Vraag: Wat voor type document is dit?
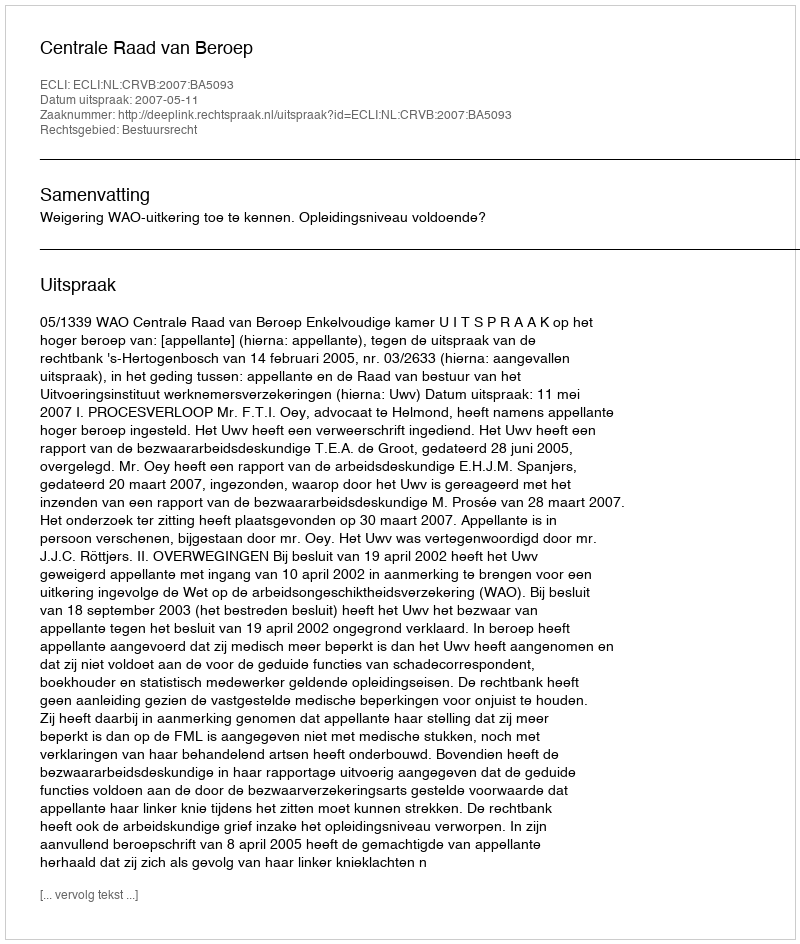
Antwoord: Uitspraak